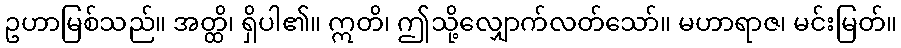
ဥဟာမြစ်သည်။ အတ္ထိ၊ ရှိပါ၏။ ဣတိ၊ ဤသို့လျှောက်လတ်သော်။ မဟာရာဇ၊ မင်းမြတ်။